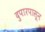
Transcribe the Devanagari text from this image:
दुपारपासून